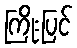
ကြိုးပြင်